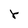
Character: r